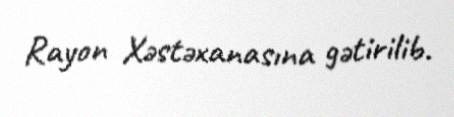
Rayon Xəstəxanasına gətirilib.